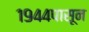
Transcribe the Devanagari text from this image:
१९४४पासून